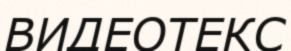
ВИДЕОТЕКС